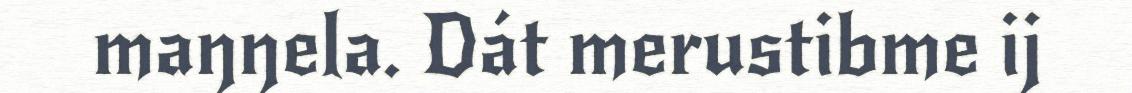
maŋŋela. Dát merustibme ij